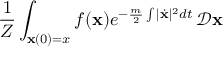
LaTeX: { \frac { 1 } { Z } } \int _ { \mathbf { x } ( 0 ) = x } f ( \mathbf { x } ) e ^ { - { \frac { m } { 2 } } \int | { \dot { \mathbf { x } } } | ^ { 2 } d t } \, { \mathcal { D } } \mathbf { x }